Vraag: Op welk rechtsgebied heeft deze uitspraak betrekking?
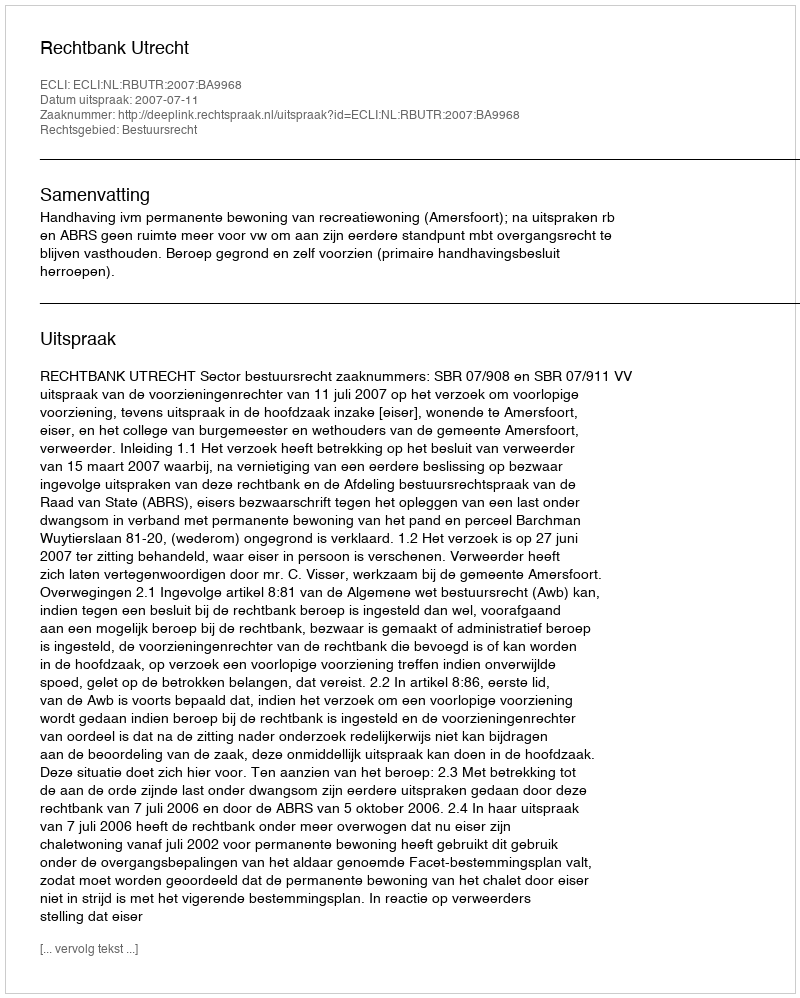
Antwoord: Bestuursrecht